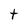
Character: t